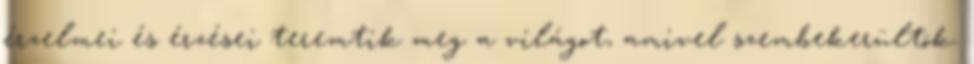
érzelmei és érzései teremtik meg a világot, amivel szembekerültök.